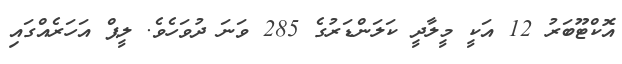
އޮކްޓޫބަރު 12 އަކީ މީލާދީ ކަލަންޑަރުގެ 285 ވަނަ ދުވަހެވެ. ލީޕް އަހަރެއްގައި